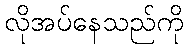
လိုအပ်နေသည်ကို